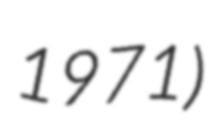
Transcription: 1971)